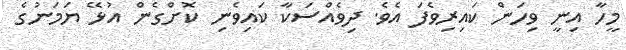
މީހާ އިނީ ވިހަން ކައިރިވެފަ އެވެ. ދިވެއްސަކާ ކައިވެނި ކޮށްގެން އުޅޭ ޔަމަނުގެ